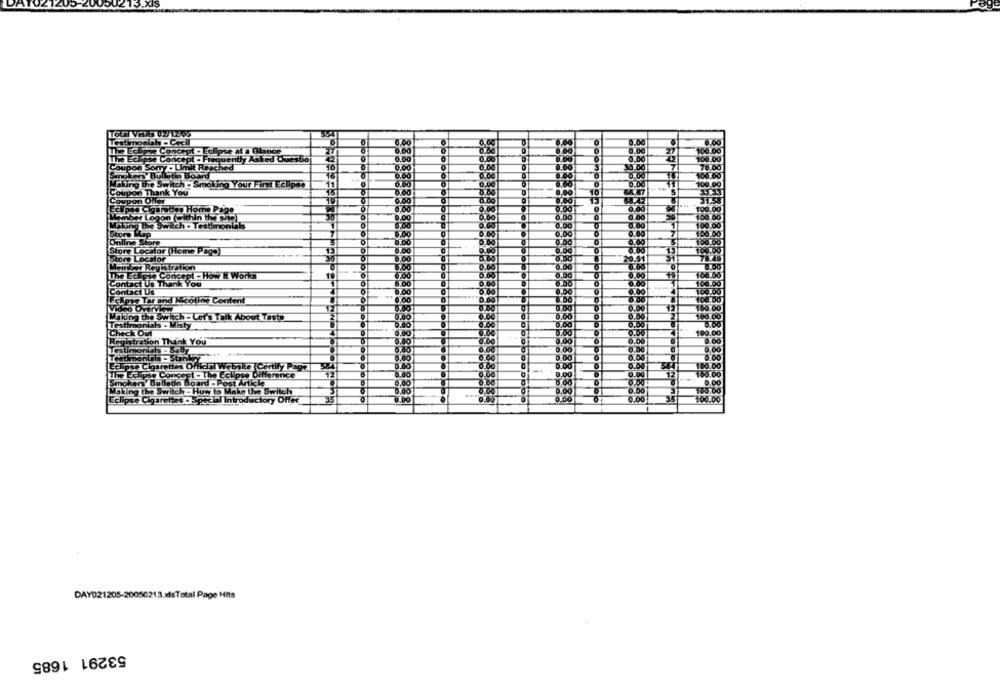
12/12/05
h .C.
ze Conde
pt -Eclipse at a Glance
Cono
- Frequently Asked Questo
Coupon Sorry . Limit Reached
oken' Bulletin Board
Makting the Switch . Smoking Your First Eclipes
Coupon Thank You
0.00
Coupon Offer
TOOT
Ecipas Chantes Home Page
Member Logon (Within the site
0.00
Making the Switch - Testimonlik
56
Stor)Hap
Online Store
Store Locator (Home Pago)
Store Locator
Member Registration
The Ecaps
Chpse Concept - How It Works
0.00
186
Contact Us Thank You
Contact Us
0.00
Fckpae Tar and Mcotine Content
10
Video Overvk
Making the Switch - Let's Talk About Taste
108.00
Testimonials - Misty
Check Out
100.00
Registration Thank You
8.00
TestimonGh - Sql
0.00
0,00
Testimonials - Stinker
0.00
5.00
0.00
Eclipse Cigarettes Office Website Certify Page
160.00
The Eclipse Concept - The Eclipse Difference
0.00
100.00
Smokers' Bulledn
0.00
0.00
latin Board - Post Article
Making the Switch - How to Make the Switch
100
0.00
100.00
Eclipse Cigarettes . Special Introductory Offer
100.00
DAY021205-20050213.alsTotal Page Hits
53291 1685